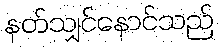
နတ်သျှင်နောင်သည်